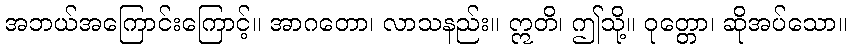
အဘယ်အကြောင်းကြောင့်။ အာဂတော၊ လာသနည်း။ ဣတိ၊ ဤသို့။ ဝုတ္တော၊ ဆိုအပ်သော။